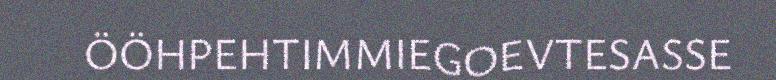
ÖÖHPEHTIMMIEGOEVTESASSE